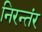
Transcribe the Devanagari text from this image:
निरन्तंर